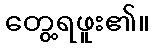
တွေ့ရဖူး၏။